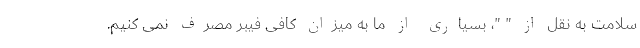
سلامت به نقل از " "، بسیاری از ما به میزان کافی فیبر مصرف نمی کنیم.